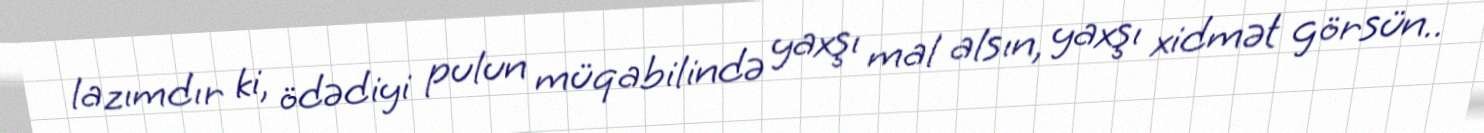
lazımdır ki, ödədiyi pulun müqabilində yaxşı mal alsın, yaxşı xidmət görsün..